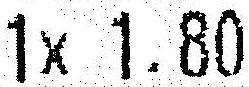
1X 1.80